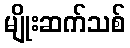
မျိုးဆက်သစ်